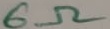
Text: 6Ω